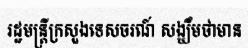
រដ្ឋមន្ត្រីក្រសួងទេសចរណ៍ សង្ឃឹមថាមាន